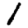
Digit: 1